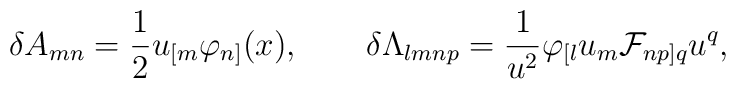
\delta A_{mn}={1\over 2}u_{[m}\varphi_{n]}(x), \qquad\delta\Lambda_{lmnp}={1\over{u^2}}\varphi_{[l}u_m{\cal F}_{np]q}u^q,